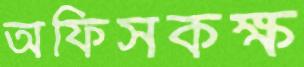
অফিসকক্ষ